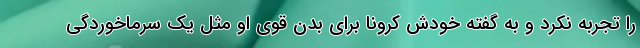
را تجربه نکرد و به گفته خودش کرونا برای بدن قوی او مثل یک سرماخوردگی